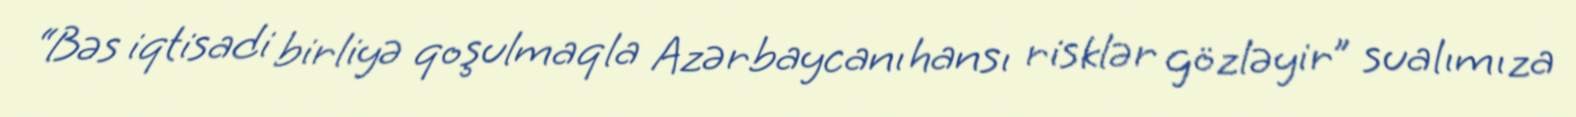
“Bəs iqtisadi birliyə qoşulmaqla Azərbaycanı hansı risklər gözləyir” sualımıza